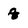
Character: q